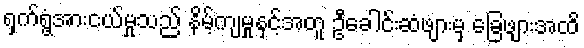
ရှက်ရွံ့အားငယ်မှုသည် နိမ့်ကျမှုနှင့်အတူ ဦခေါင်းဆံဖျားမှ ခြေဖျားအထိ